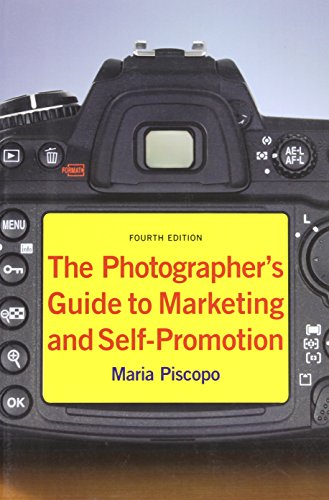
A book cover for The Photographer's Guide to Marketing and Self-Promotion; Maria Piscopo; Arts & Photography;